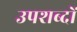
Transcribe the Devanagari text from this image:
उपशब्दों